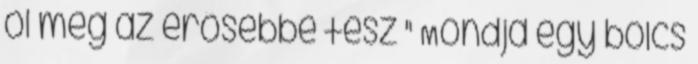
öl meg az erősebbé tesz " Mondja egy bölcs